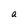
Character: a